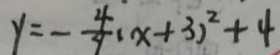
y = - \frac { 4 } { 9 } ( x + 3 ) ^ { 2 } + 4